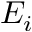
E _ { i }